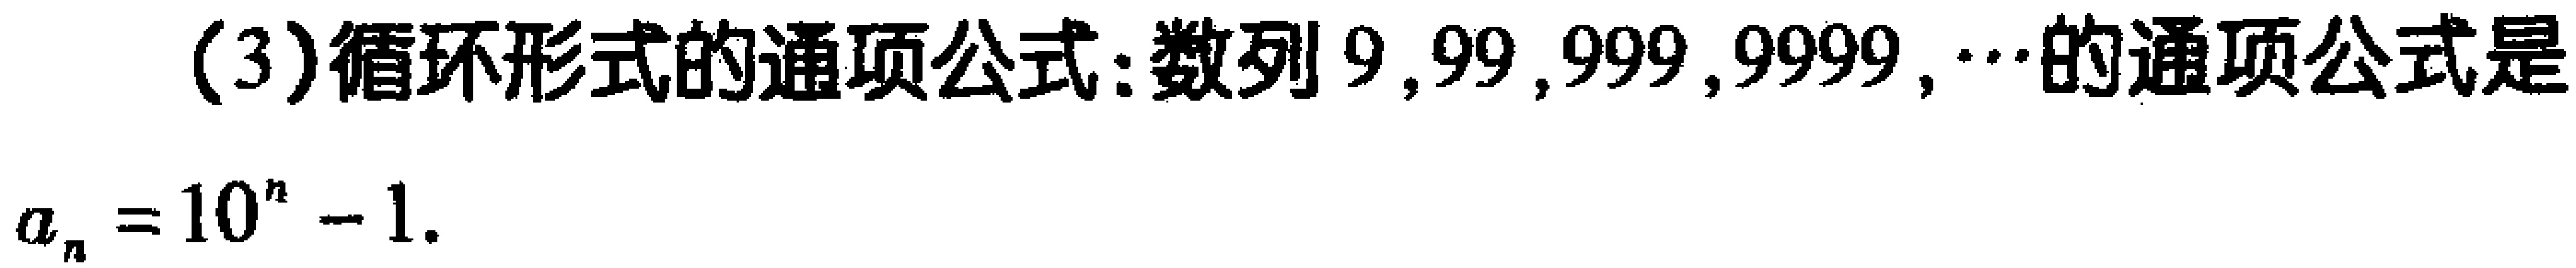
(3)循环形式的通项公式:数列\(9,99,999,9999,\cdots\)的通项公式是
\(a_{n}=10^{n}-1\).